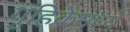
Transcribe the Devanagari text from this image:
गुहिकेमध्ये